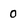
Character: 0